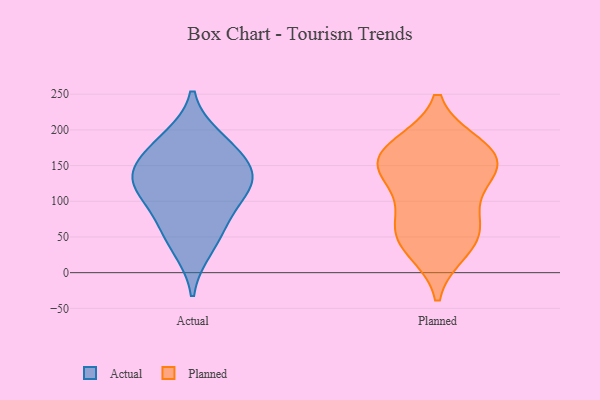
{"axis": {"x": "Net Income (USD K)", "y": "Value"}, "legend": ["Actual", "Planned"], "data": [{"x": "", "y": 188, "type": "Actual"}, {"x": "", "y": 124, "type": "Actual"}, {"x": "", "y": 83, "type": "Actual"}, {"x": "", "y": 63, "type": "Actual"}, {"x": "", "y": 178, "type": "Actual"}, {"x": "", "y": 116, "type": "Actual"}, {"x": "", "y": 128, "type": "Actual"}, {"x": "", "y": 142, "type": "Actual"}, {"x": "", "y": 151, "type": "Actual"}, {"x": "", "y": 33, "type": "Actual"}, {"x": "", "y": 34, "type": "Planned"}, {"x": "", "y": 137, "type": "Planned"}, {"x": "", "y": 78, "type": "Planned"}, {"x": "", "y": 162, "type": "Planned"}, {"x": "", "y": 57, "type": "Planned"}, {"x": "", "y": 176, "type": "Planned"}, {"x": "", "y": 163, "type": "Planned"}, {"x": "", "y": 163, "type": "Planned"}, {"x": "", "y": 129, "type": "Planned"}, {"x": "", "y": 50, "type": "Planned"}]}